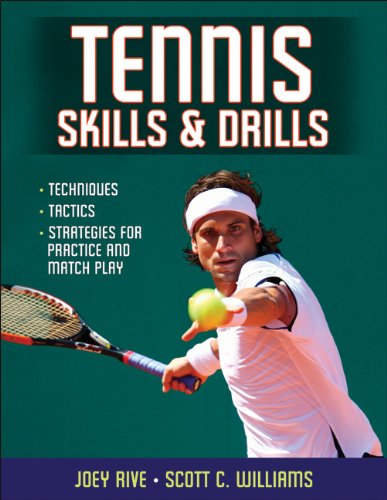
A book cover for Tennis Skills & Drills; Joey Rive; Sports & Outdoors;